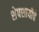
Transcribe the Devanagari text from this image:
शेषशायीचे